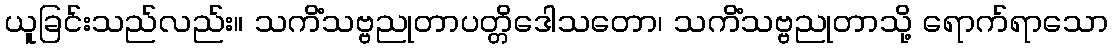
ယူခြင်းသည်လည်း။ သကိံသဗ္ဗညုတာပတ္တိဒေါသတော၊ သကိံသဗ္ဗညုတာသို့ ရောက်ရာသော